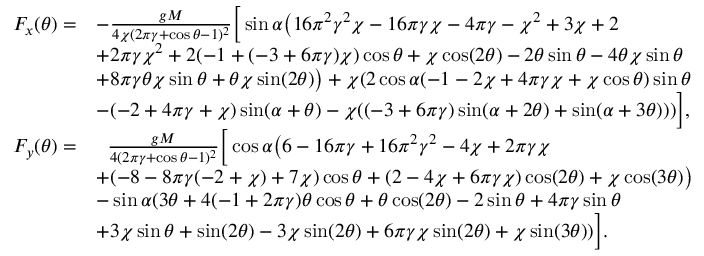
\begin{array} { r l } { F _ { x } ( \theta ) = } & { - \frac { g M } { 4 \chi ( 2 \pi \gamma + \cos \theta - 1 ) ^ { 2 } } \Big [ \sin \alpha \big ( 1 6 \pi ^ { 2 } \gamma ^ { 2 } \chi - 1 6 \pi \gamma \chi - 4 \pi \gamma - \chi ^ { 2 } + 3 \chi + 2 } \\ & { + 2 \pi \gamma \chi ^ { 2 } + 2 ( - 1 + ( - 3 + 6 \pi \gamma ) \chi ) \cos \theta + \chi \cos ( 2 \theta ) - 2 \theta \sin \theta - 4 \theta \chi \sin \theta } \\ & { + 8 \pi \gamma \theta \chi \sin \theta + \theta \chi \sin ( 2 \theta ) \big ) + \chi ( 2 \cos \alpha ( - 1 - 2 \chi + 4 \pi \gamma \chi + \chi \cos \theta ) \sin \theta } \\ & { - ( - 2 + 4 \pi \gamma + \chi ) \sin ( \alpha + \theta ) - \chi ( ( - 3 + 6 \pi \gamma ) \sin ( \alpha + 2 \theta ) + \sin ( \alpha + 3 \theta ) ) ) \Big ] , } \\ { F _ { y } ( \theta ) = } & { \; \; \frac { g M } { 4 ( 2 \pi \gamma + \cos \theta - 1 ) ^ { 2 } } \Big [ \cos \alpha \big ( 6 - 1 6 \pi \gamma + 1 6 \pi ^ { 2 } \gamma ^ { 2 } - 4 \chi + 2 \pi \gamma \chi } \\ & { + ( - 8 - 8 \pi \gamma ( - 2 + \chi ) + 7 \chi ) \cos \theta + ( 2 - 4 \chi + 6 \pi \gamma \chi ) \cos ( 2 \theta ) + \chi \cos ( 3 \theta ) \big ) } \\ & { - \sin \alpha ( 3 \theta + 4 ( - 1 + 2 \pi \gamma ) \theta \cos \theta + \theta \cos ( 2 \theta ) - 2 \sin \theta + 4 \pi \gamma \sin \theta } \\ & { + 3 \chi \sin \theta + \sin ( 2 \theta ) - 3 \chi \sin ( 2 \theta ) + 6 \pi \gamma \chi \sin ( 2 \theta ) + \chi \sin ( 3 \theta ) ) \Big ] . } \end{array}